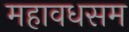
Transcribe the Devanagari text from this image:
महावधसम